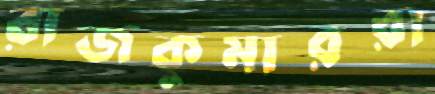
রাজকুমাররা